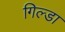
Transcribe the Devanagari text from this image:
गिल्डा